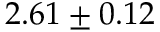
2 . 6 1 \pm 0 . 1 2